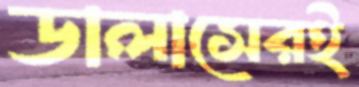
ডালাসেরই